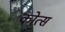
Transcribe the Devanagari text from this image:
कोत्स